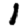
Digit: 1